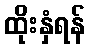
ထိုးနှံရန်